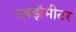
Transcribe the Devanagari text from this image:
एक्झॅमीटर